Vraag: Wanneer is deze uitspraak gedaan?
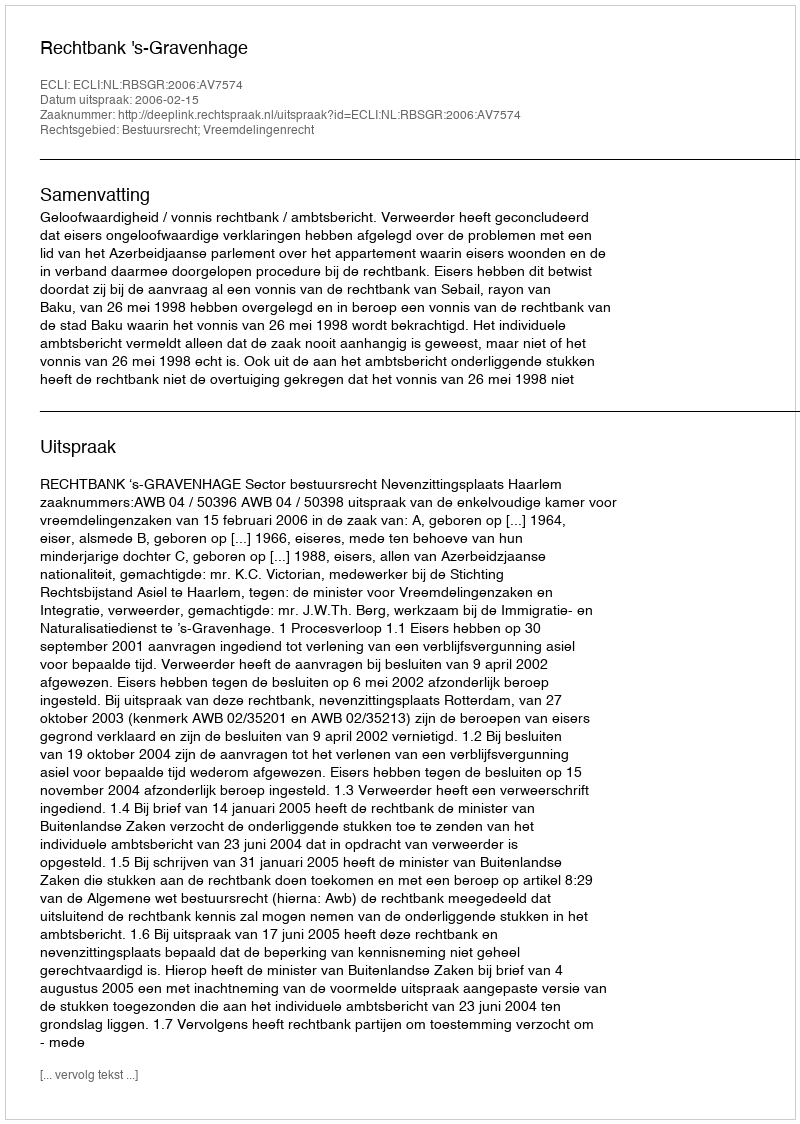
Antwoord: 2006-02-15